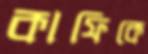
কাফিকে